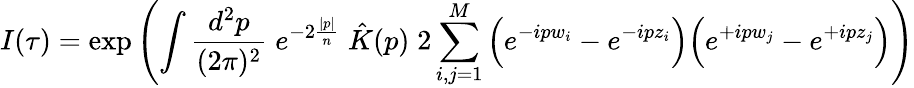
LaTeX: I(\tau)=\exp\left(\int\frac{d^{2}p}{(2\pi)^{2}}\; e^{-2\frac{|p|}{n}}\; \hat{K}(p)\; 2\sum_{i,j=1}^{M}\Big(e^{-ipw_{i}}-e^{-ipz_{i}}\Big)\Big(e^{+ipw_{j}}-e^{+ipz_{j}}\Big)\right)